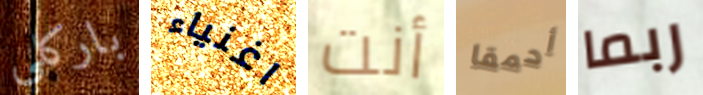
باركلي اغنياء أنت أحمقا ربما